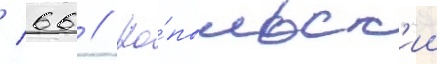
/ 66 // Ко́пыльск'ии